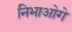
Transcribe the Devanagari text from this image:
निभाओगे